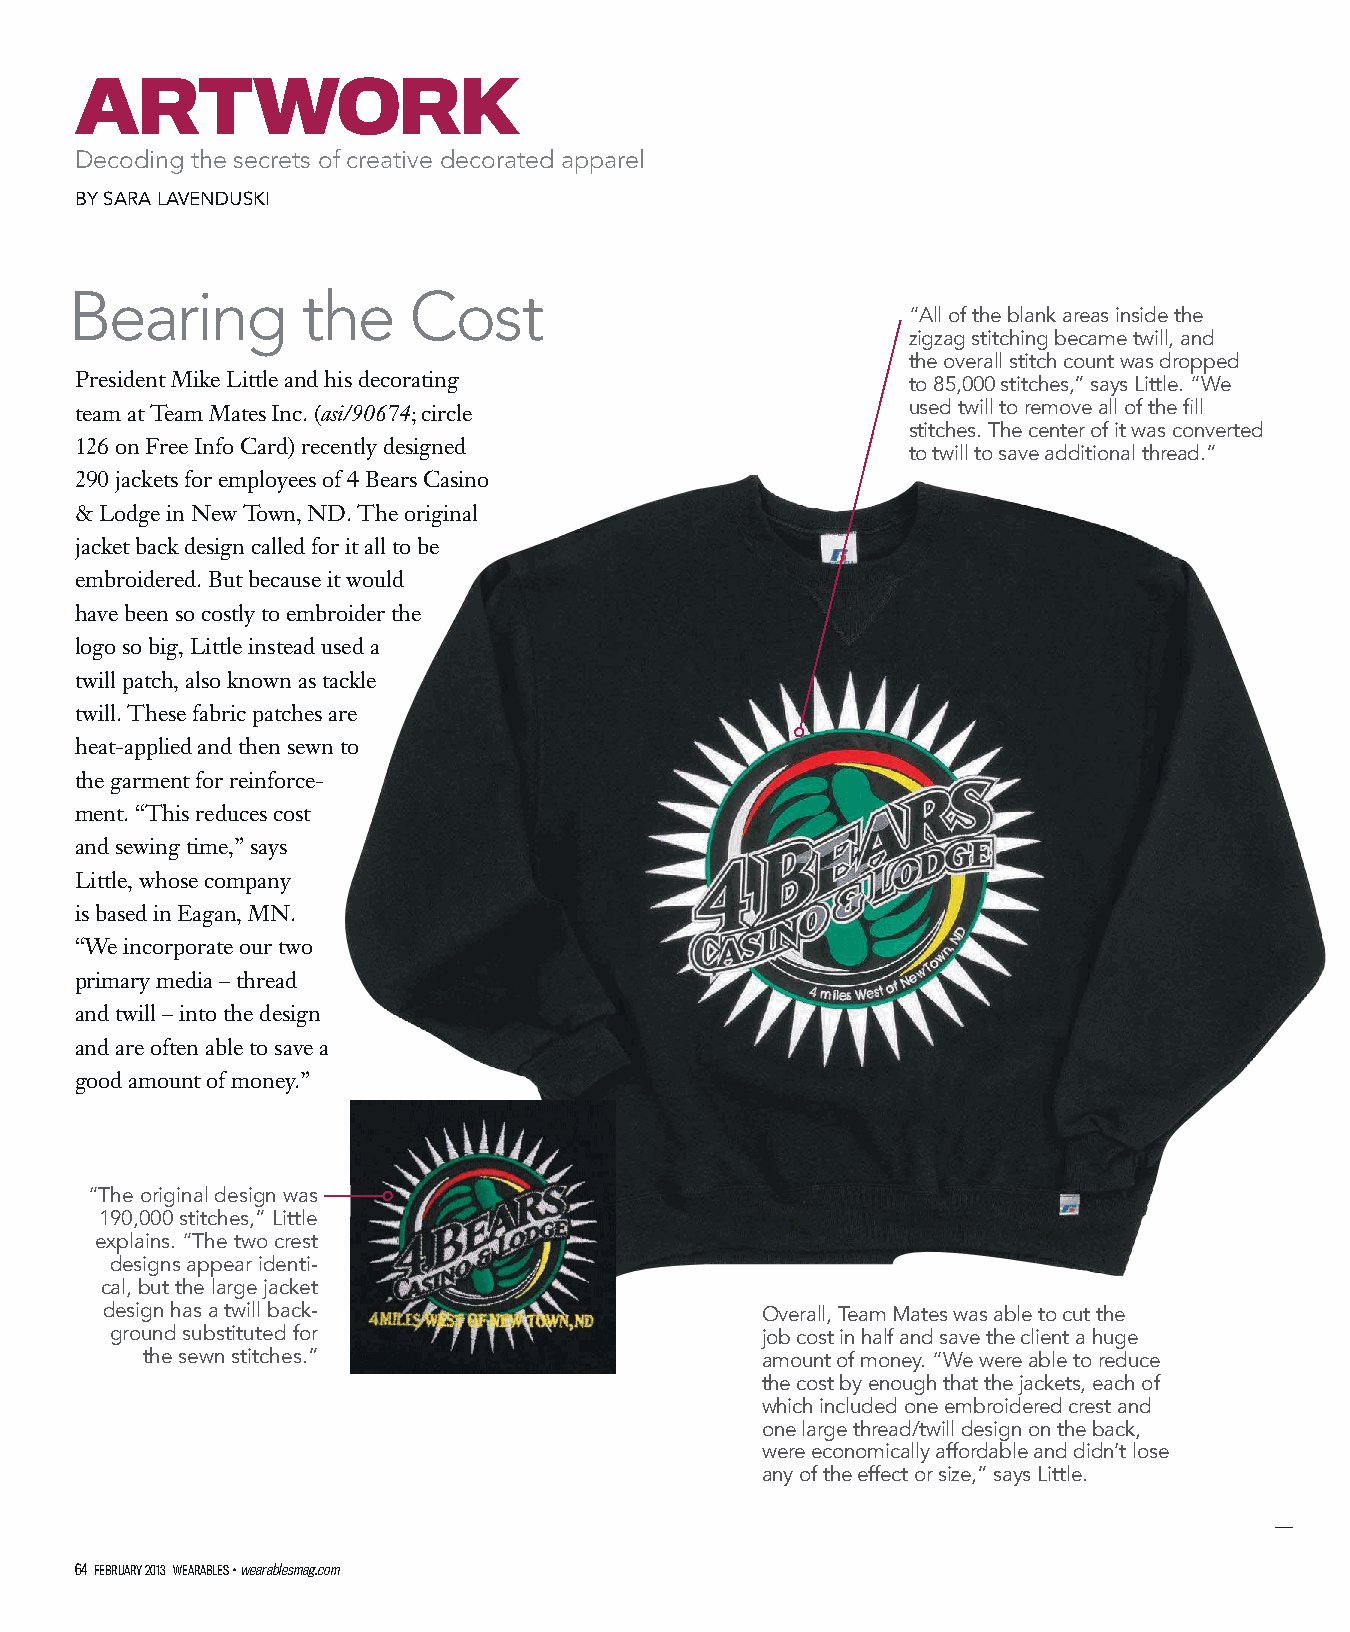
ARTWORK
 Decoding the secrets of creative decorated apparel
 BY SARA LAVENDUSKI
 Bearing        the    Cost
 “All of the blank areas inside the
 zigzag stitching became twill, and
 the overall stitch count was dropped
 President Mike Little and his decorating               to 85,000 stitches,” says Little. “We
 team at Team Mates Inc. (asi/90674; circle             used twill to remove all of the fill
 stitches. The center of it was converted
 126 on Free Info Card) recently designed
 to twill to save additional thread.”
 290 jackets for employees of 4 Bears Casino
 & Lodge in New Town, ND. The original
 jacket back design called for it all to be
 embroidered. But because it would
 have been so costly to embroider the
 logo so big, Little instead used a
 twill patch, also known as tackle
 twill. These fabric patches are
 heat-applied and then sewn to
 the garment for reinforce-
 ment. “This reduces cost
 and sewing time,” says
 Little, whose company
 is based in Eagan, MN.
 “We incorporate our two
 primary media – thread
 and twill – into the design
 and are often able to save a
 good amount of money.”
 “The original design was
 190,000 stitches,” Little
 explains. “The two crest
 designs appear identi-
 cal, but the large jacket
 design has a twill back-                   Overall, Team Mates was able to cut the
 ground substituted for                     job cost in half and save the client a huge
 the sewn stitches.”                      amount of money. “We were able to reduce
 the cost by enough that the jackets, each of
 which included one embroidered crest and
 one large thread/twill design on the back,
 were economically affordable and didn’t lose
 any of the effect or size,” says Little.
 64 FEBRUARY 2013 WEARABLES • wearablesmag.com